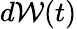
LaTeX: d\mathcal{W}(t)